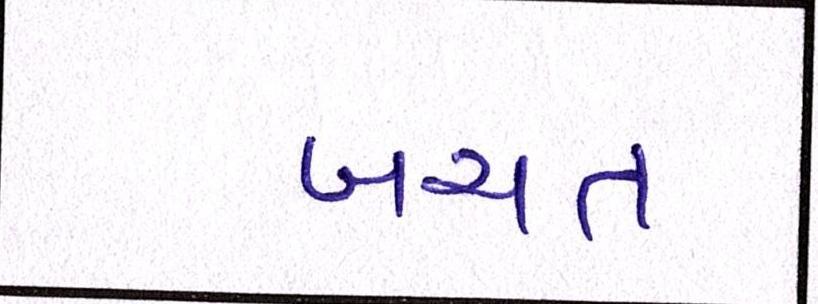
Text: બચત